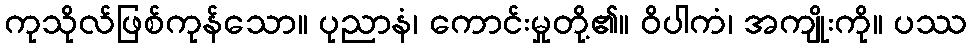
ကုသိုလ်ဖြစ်ကုန်သော။ ပုညာနံ၊ ကောင်းမှုတို့၏။ ဝိပါကံ၊ အကျိုးကို။ ပဿ